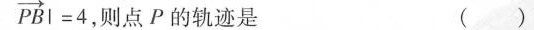
$$ $$\overrightarrow{PB}|=4$$ 则点P的轨迹是 ( )